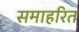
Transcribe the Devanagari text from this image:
समाहरित